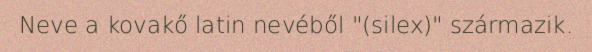
Neve a kovakő latin nevéből "(silex)" származik.